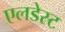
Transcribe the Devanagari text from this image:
एलडेस्ट